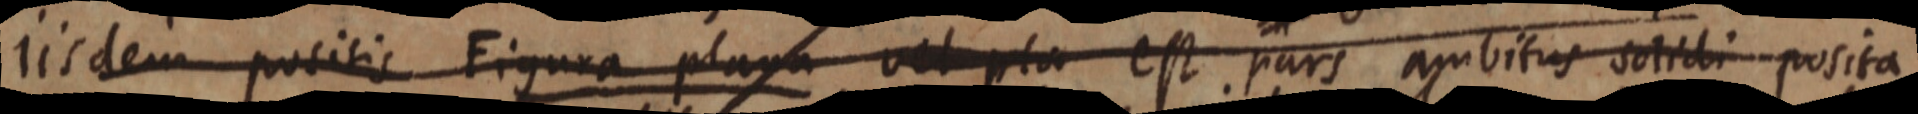
iisdem positis Figura plana vel pla est pars ambitus solidi posita